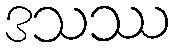
ဒသဿ